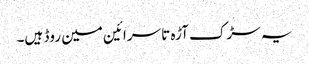
یہ سڑک آڑہ تا سرائین مین روڈ ہیں۔